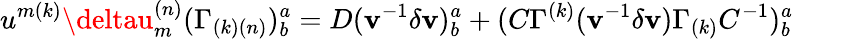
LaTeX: u^{{m(k)}}\deltau_{{m}}^{{(n)}}(\Gamma_{{(k)(n)}})_{{b}}^{{a}}=D(\mathbf{v}^{-{1}}\delta\mathbf{v})_{{b}}^{{a}}+(C\Gamma^{{(k)}}(\mathbf{v}^{-{1}}\delta\mathbf{v})\Gamma_{{(k)}}C^{-{1}})_{{b}}^{{a}}\qquad